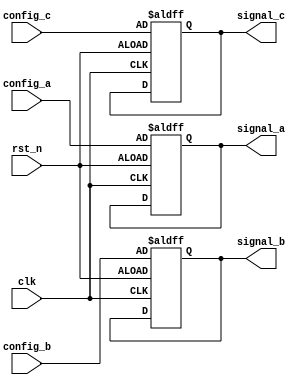
module ConfigurableInitialConditions #(
    parameter integer INITIAL_VALUE_A = 8'd0,   // Default initial value for signal A
    parameter integer INITIAL_VALUE_B = 16'd0,  // Default initial value for signal B
    parameter integer INITIAL_VALUE_C = 32'd0   // Default initial value for signal C
)(
    input wire clk,                  // Clock signal
    input wire rst_n,               // Active low reset signal
    input wire [7:0] config_a,      // Configuration input for signal A
    input wire [15:0] config_b,     // Configuration input for signal B
    input wire [31:0] config_c,     // Configuration input for signal C
    output reg [7:0] signal_a,      // Output signal A
    output reg [15:0] signal_b,     // Output signal B
    output reg [31:0] signal_c       // Output signal C
);

    // Internal state variables
    reg [7:0] initial_a;
    reg [15:0] initial_b;
    reg [31:0] initial_c;

    // Initialization logic
    always @(posedge clk or negedge rst_n) begin
        if (!rst_n) begin
            // Reset state variables to configurable initial conditions
            signal_a <= config_a;
            signal_b <= config_b;
            signal_c <= config_c;
        end else begin
            // Maintain current state
            // (Add any other logic here if needed)
        end
    end

    // Initial assignment of state variables at the start of simulation
    initial begin
        initial_a = INITIAL_VALUE_A;
        initial_b = INITIAL_VALUE_B;
        initial_c = INITIAL_VALUE_C;
        
        // Assign initial conditions to outputs
        signal_a = initial_a;
        signal_b = initial_b;
        signal_c = initial_c;
    end

endmodule